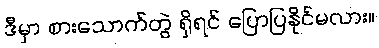
ဒီမှာ စားသောက်တွဲ ရှိရင် ပြောပြနိုင်မလား။